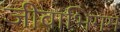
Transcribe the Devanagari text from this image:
जीवाभिगम